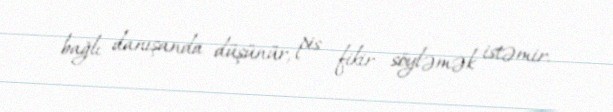
bağlı danışanda düşünür, pis fikir söyləmək istəmir.